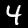
Label: 4